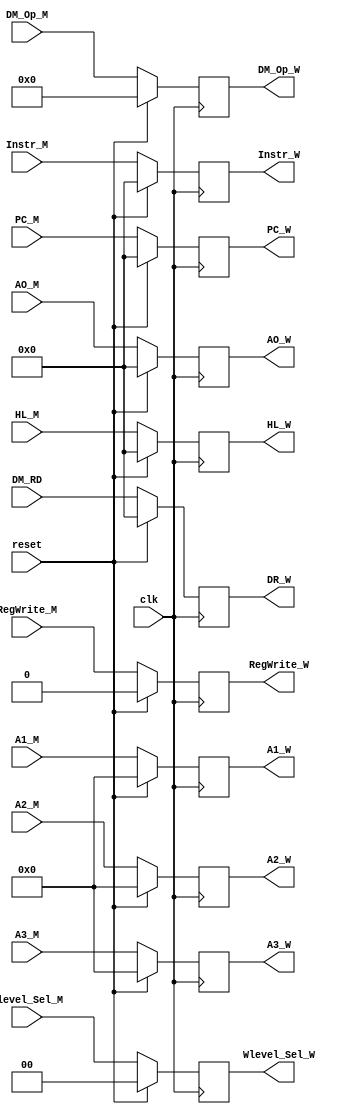
`timescale 1ns / 1ps
module W_REG(
    input clk,
    input reset,

    input RegWrite_M,
	 input [3:0] DM_Op_M,
    input [1:0] Wlevel_Sel_M,
	 
    input [31:0] PC_M,
	 input [31:0] Instr_M,
    input [31:0] AO_M,
    input [31:0] DM_RD,
	 
	 input [4:0] A1_M,
	 input [4:0] A2_M,
    input [4:0] A3_M,
	 input [31:0] HL_M,
	 
    output reg RegWrite_W,
	 output reg [3:0] DM_Op_W,
	 output reg [31:0] Instr_W,
    output reg [1:0] Wlevel_Sel_W,
	 
    output reg [31:0] PC_W,
    output reg [31:0] AO_W,
    output reg [31:0] DR_W,
	 
	 output reg [4:0] A1_W,
	 output reg [4:0] A2_W,
    output reg [4:0] A3_W,
	 output reg [31:0] HL_W
);
    initial begin
        RegWrite_W<=1'h0;
		  DM_Op_W<=4'h0;
        Wlevel_Sel_W<=2'h0;
		  Instr_W<=32'h0;
        PC_W<=32'h0;
        AO_W<=32'h0;
        DR_W<=32'h0;
		  A1_W<=5'h0;
		  A2_W<=5'h0;
		  A3_W<=5'h0;
		  HL_W<=32'h0;
    end

  always @(posedge clk) begin
    if(reset) begin
        RegWrite_W<=1'h0;
		  DM_Op_W<=4'h0;
        Wlevel_Sel_W<=2'h0;
		  Instr_W<=32'h0;
        PC_W<=32'h0;
        AO_W<=32'h0;
        DR_W<=32'h0;
		  A1_W<=5'h0;
		  A2_W<=5'h0;
		  A3_W<=5'h0;
		  HL_W<=32'h0;
    end   
	 
    else begin
        RegWrite_W<=RegWrite_M;
		  DM_Op_W<=DM_Op_M;
        Wlevel_Sel_W<=Wlevel_Sel_M;
		  Instr_W<=Instr_M;
        PC_W<=PC_M;
        AO_W<=AO_M;
        DR_W<=DM_RD;
		  A1_W<=A1_M;
		  A2_W<=A2_M;
        A3_W<=A3_M;
		  HL_W<=HL_M;
    end
  end
endmodule